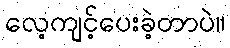
လေ့ကျင့်ပေးခဲ့တာပဲ။